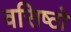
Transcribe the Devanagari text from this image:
वसिष्ठो